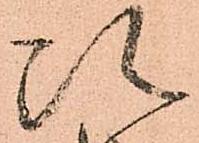
次